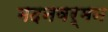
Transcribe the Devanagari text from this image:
मदनवर्मन